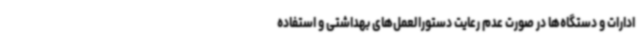
ادارات و دستگاه‌ها در صورت عدم رعایت دستورالعمل‌های بهداشتی و استفاده